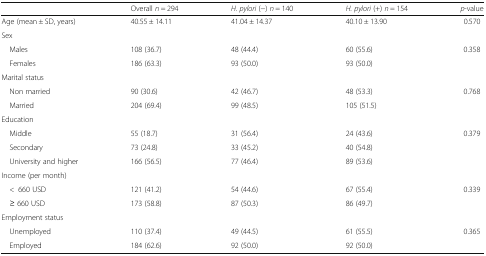
|  | Overall n = 294 | H. pylori (−) n = 140 | H. pylori (+) n = 154 | p-value |
 | --- | --- | --- | --- | --- |
 | Age (mean ± SD, years) | 40.55 ± 14.11 | 41.04 ± 14.37 | 40.10 ± 13.90 | 0.570 |
 | <COLSPAN=5> Sex |
 | Males | 108 (36.7) | 48 (44.4) | 60 (55.6) | 0.358 |
 | Females | 186 (63.3) | 93 (50.0) | 93 (50.0) |  |
 | <COLSPAN=5> Marital status |
 | Non married | 90 (30.6) | 42 (46.7) | 48 (53.3) | 0.768 |
 | Married | 204 (69.4) | 99 (48.5) | 105 (51.5) |  |
 | <COLSPAN=5> Education |
 | Middle | 55 (18.7) | 31 (56.4) | 24 (43.6) | 0.379 |
 | Secondary | 73 (24.8) | 33 (45.2) | 40 (54.8) |  |
 | University and higher | 166 (56.5) | 77 (46.4) | 89 (53.6) |  |
 | <COLSPAN=5> Income (per month) |
 | <660 USD | 121 (41.2) | 54 (44.6) | 67 (55.4) | 0.339 |
 | ≥ 660 USD | 173 (58.8) | 87 (50.3) | 86 (49.7) |  |
 | <COLSPAN=5> Employment status |
 | Unemployed | 110 (37.4) | 49 (44.5) | 61 (55.5) | 0.365 |
 | Employed | 184 (62.6) | 92 (50.0) | 92 (50.0) |  |